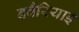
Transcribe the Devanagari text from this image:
बवैरियाई